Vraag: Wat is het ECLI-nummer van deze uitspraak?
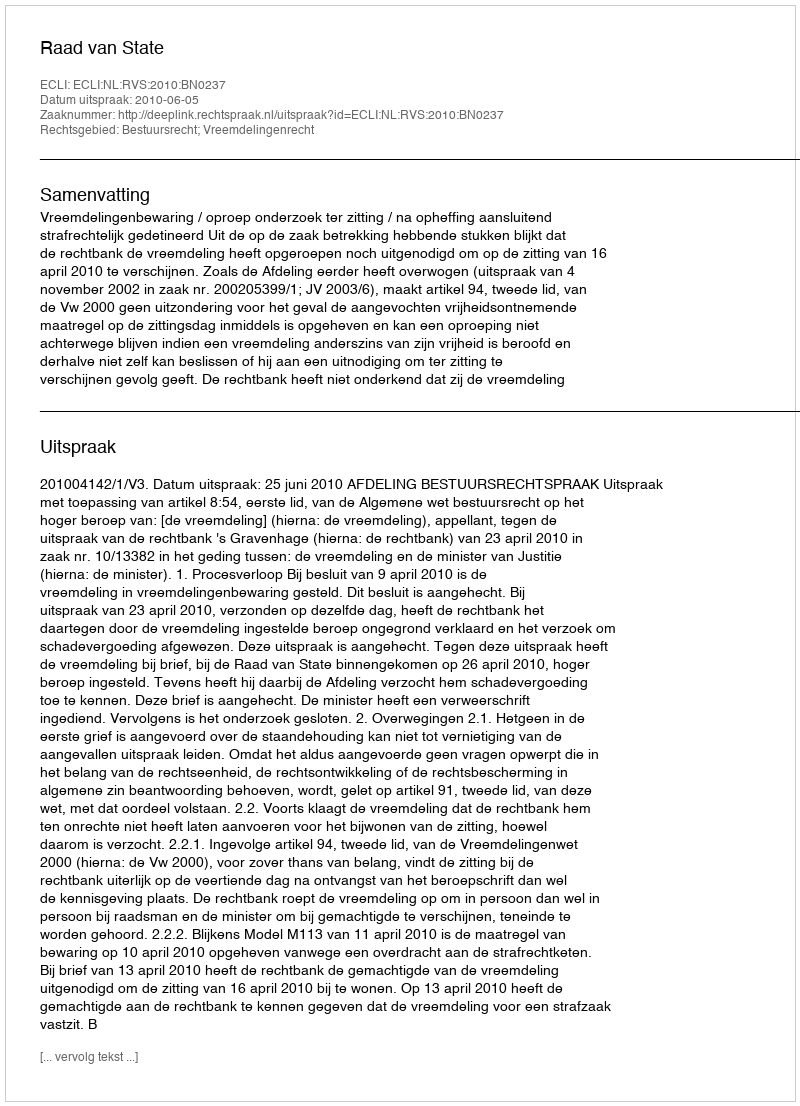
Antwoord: ECLI:NL:RVS:2010:BN0237